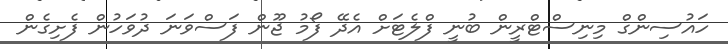
ހައުސިންގް މިނިސްޓްރީން ބުނީ ފްލެޓަށް އެދޭ ފޯމު ޖޫން ފަސްވަނަ ދުވަހުން ފެށިގެން